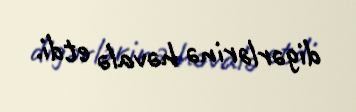
digərlərinə həvalə etdi.